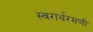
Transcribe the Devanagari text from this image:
स्वरार्थरमणी